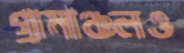
গ্রামাঞ্চলও